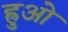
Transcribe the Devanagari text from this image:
ह्रुओ